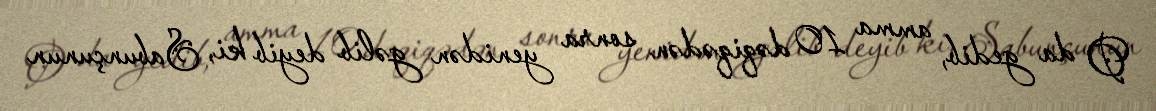
O da gedib, amma 10 dəqiqədən sonra yenidən gəlib deyib ki, Sabunçunun